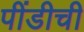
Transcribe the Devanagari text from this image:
पींडीची